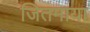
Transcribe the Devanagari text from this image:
जितमाया